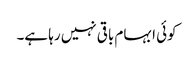
کوئی ابہام باقی نہیں رہا ہے۔